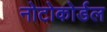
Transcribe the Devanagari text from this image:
नोटोकोर्डल